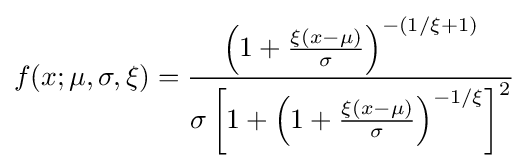
f(x;\mu ,\sigma ,\xi )={\frac {\left(1+{\frac {\xi (x-\mu )}{\sigma }}\right)^{-(1/\xi +1)}}{\sigma \left[1+\left(1+{\frac {\xi (x-\mu )}{\sigma }}\right)^{-1/\xi }\right]^{2}}}